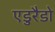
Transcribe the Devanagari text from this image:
एडुरैडो